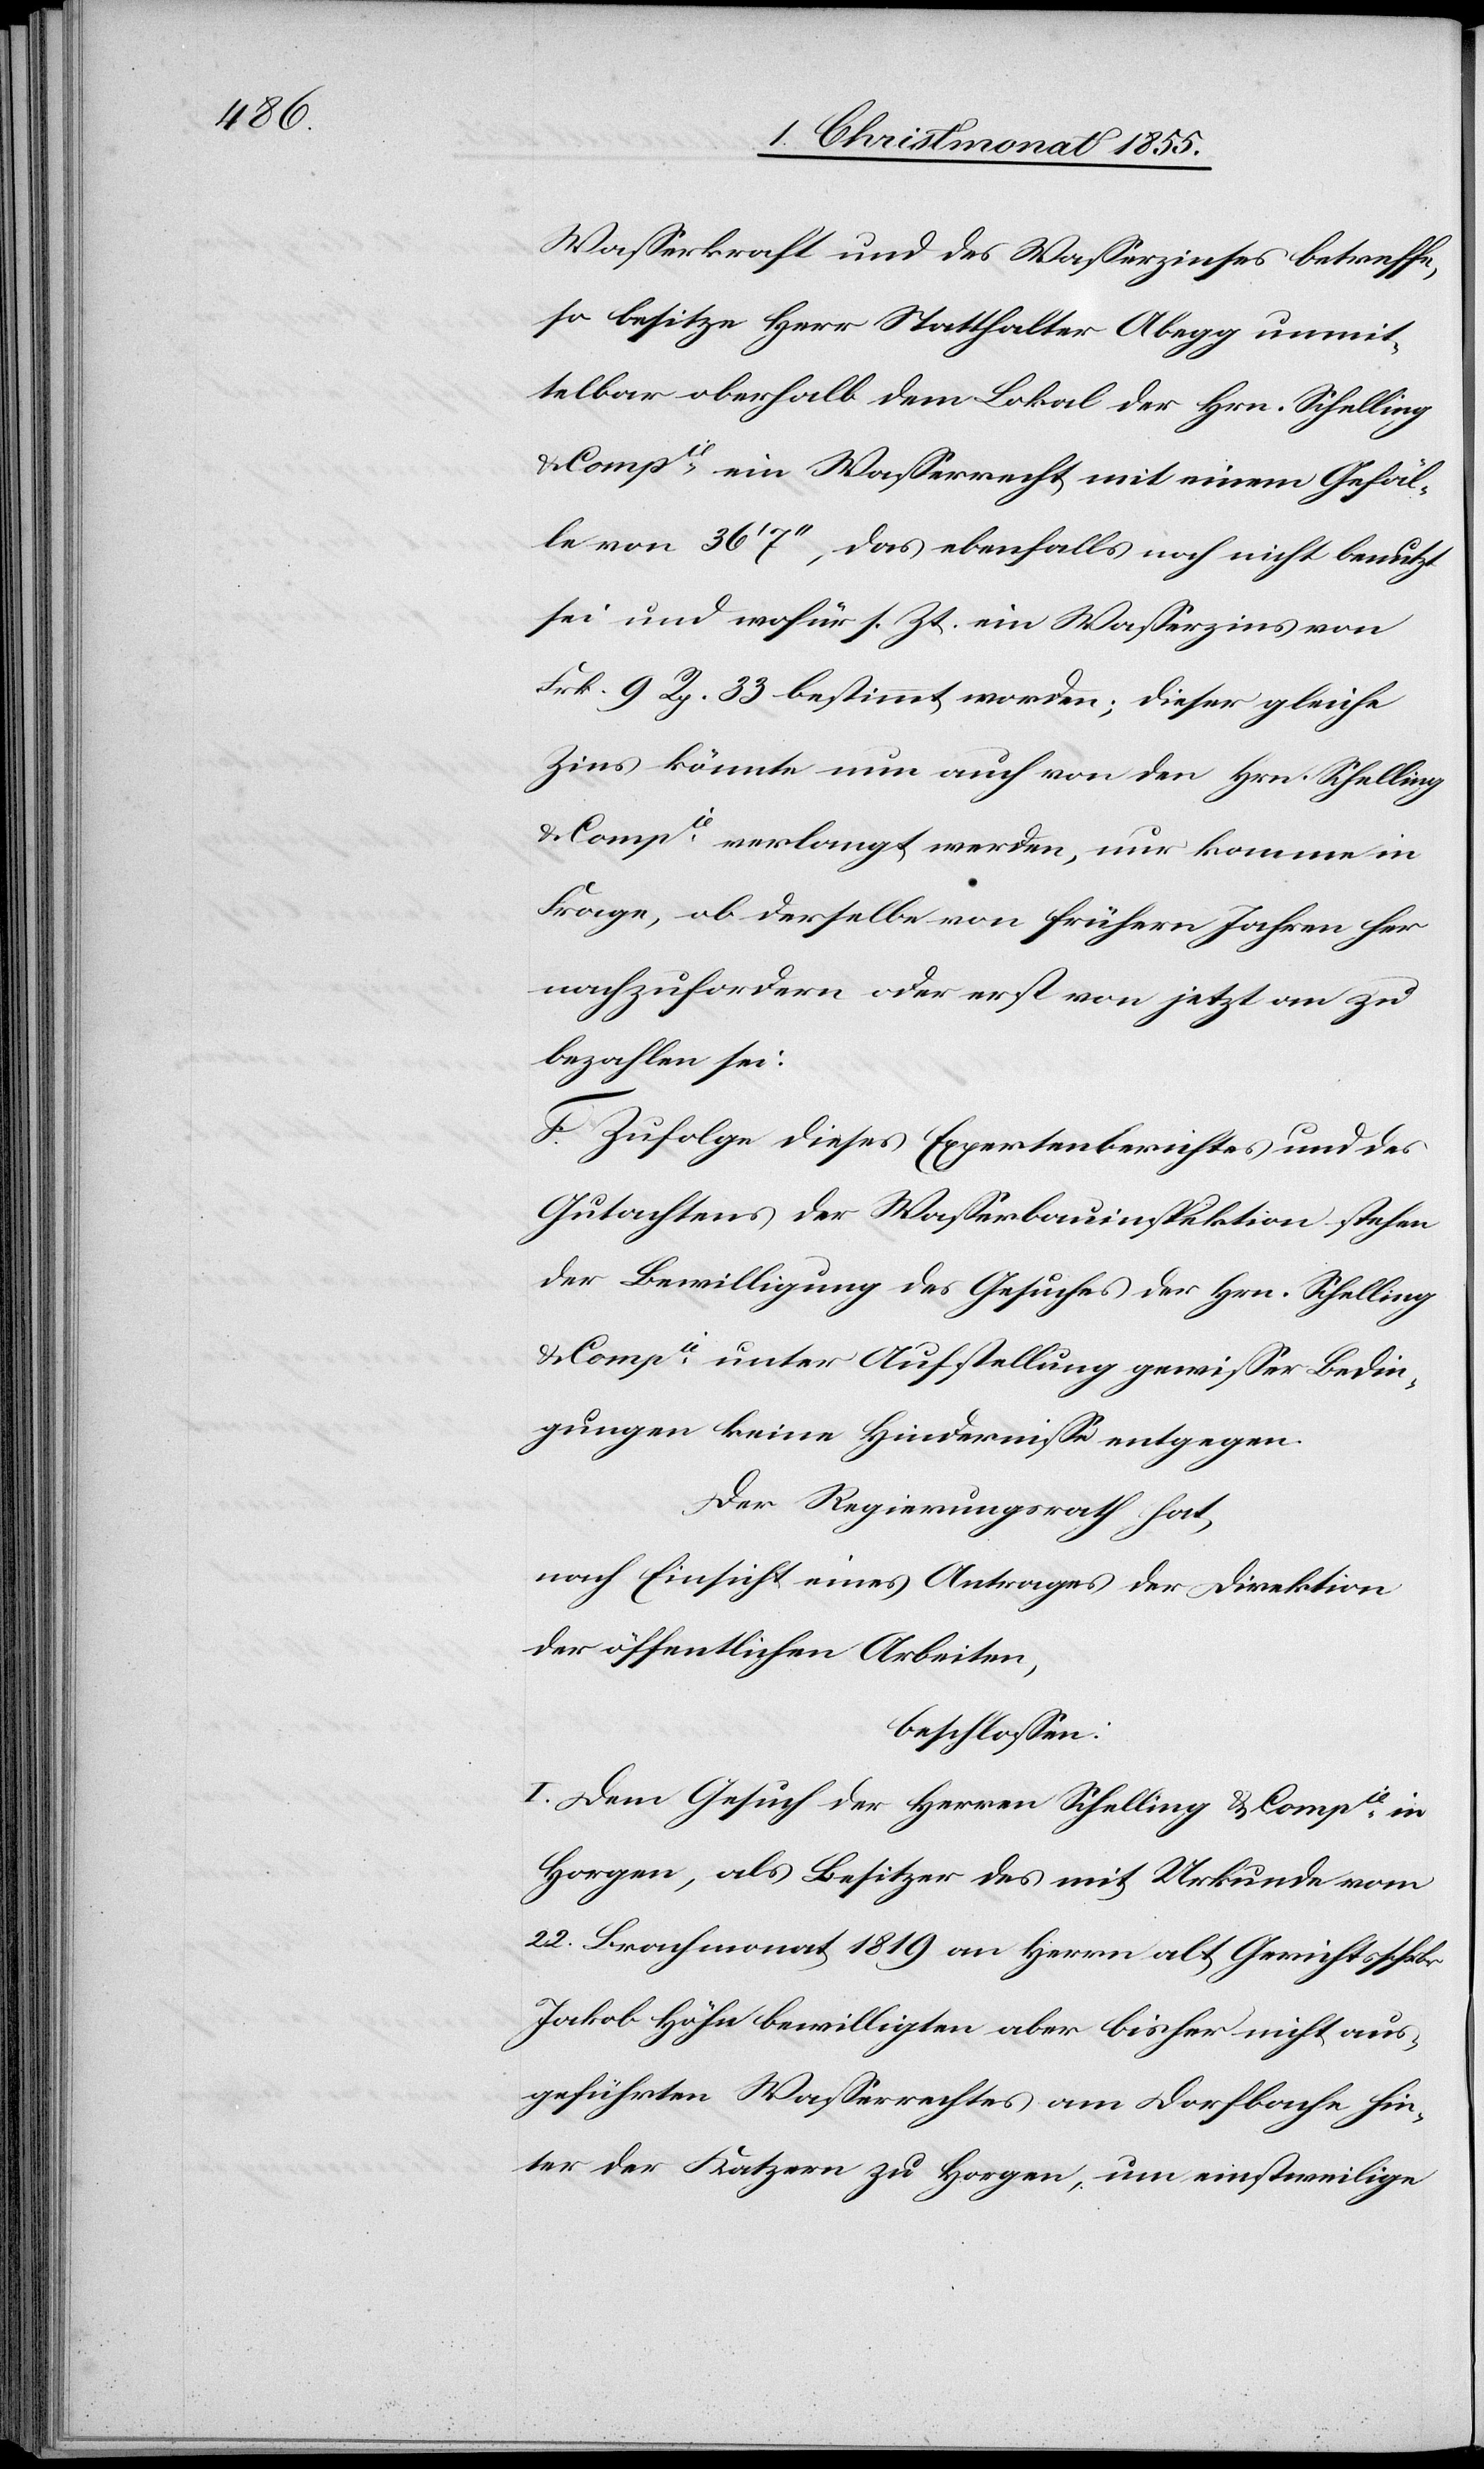
Wasserkraft und des Wasserzinses betreffe,
so besitze Herr Statthalter Abegg unmit¬
telbar oberhalb dem Lokal der Hrn. Schelling
Compie ein Wasserrecht mit einem Gefäl¬
le von 36‘ 7‘‘, das ebenfalls noch nicht benutzt
sei und wofür s. Zt. ein Wasserzins von
Frk. 9 Rp. 33 bestimmt worden; dieser gleiche
Zins könnte nun auch von den Hrn. Schelling
& Compie verlangt werden, nur komme in
Frage, ob derselbe von frühern Jahren her
nachzufordern oder erst von jetzt an zu
bezahlen sei.
F. Zufolge dieses Expertenberichtes und des
Gutachtens der Wasserbauinspektion stehen
der Bewilligung des Gesuches der Hrn. Schelling
& Compie unter Aufstellung gewisser Bedin¬
gungen keine Hindernisse entgegen.
Der Regierungsrath hat,
nach Einsicht eines Antrages der Direktion
der öffentlichen Arbeiten,
beschlossen:
I. Dem Gesuch der Herren Schelling & Compie in
Horgen, als Besitzer des mit Urkunde vom
22. Brachmonat 1819 an Herrn alt Gerichtsschrbr
Jakob Höhn bewilligten aber bisher nicht aus¬
geführten Wasserrechtes am Dorfbache hin¬
ter der Katzern zu Horgen, um einstweilige